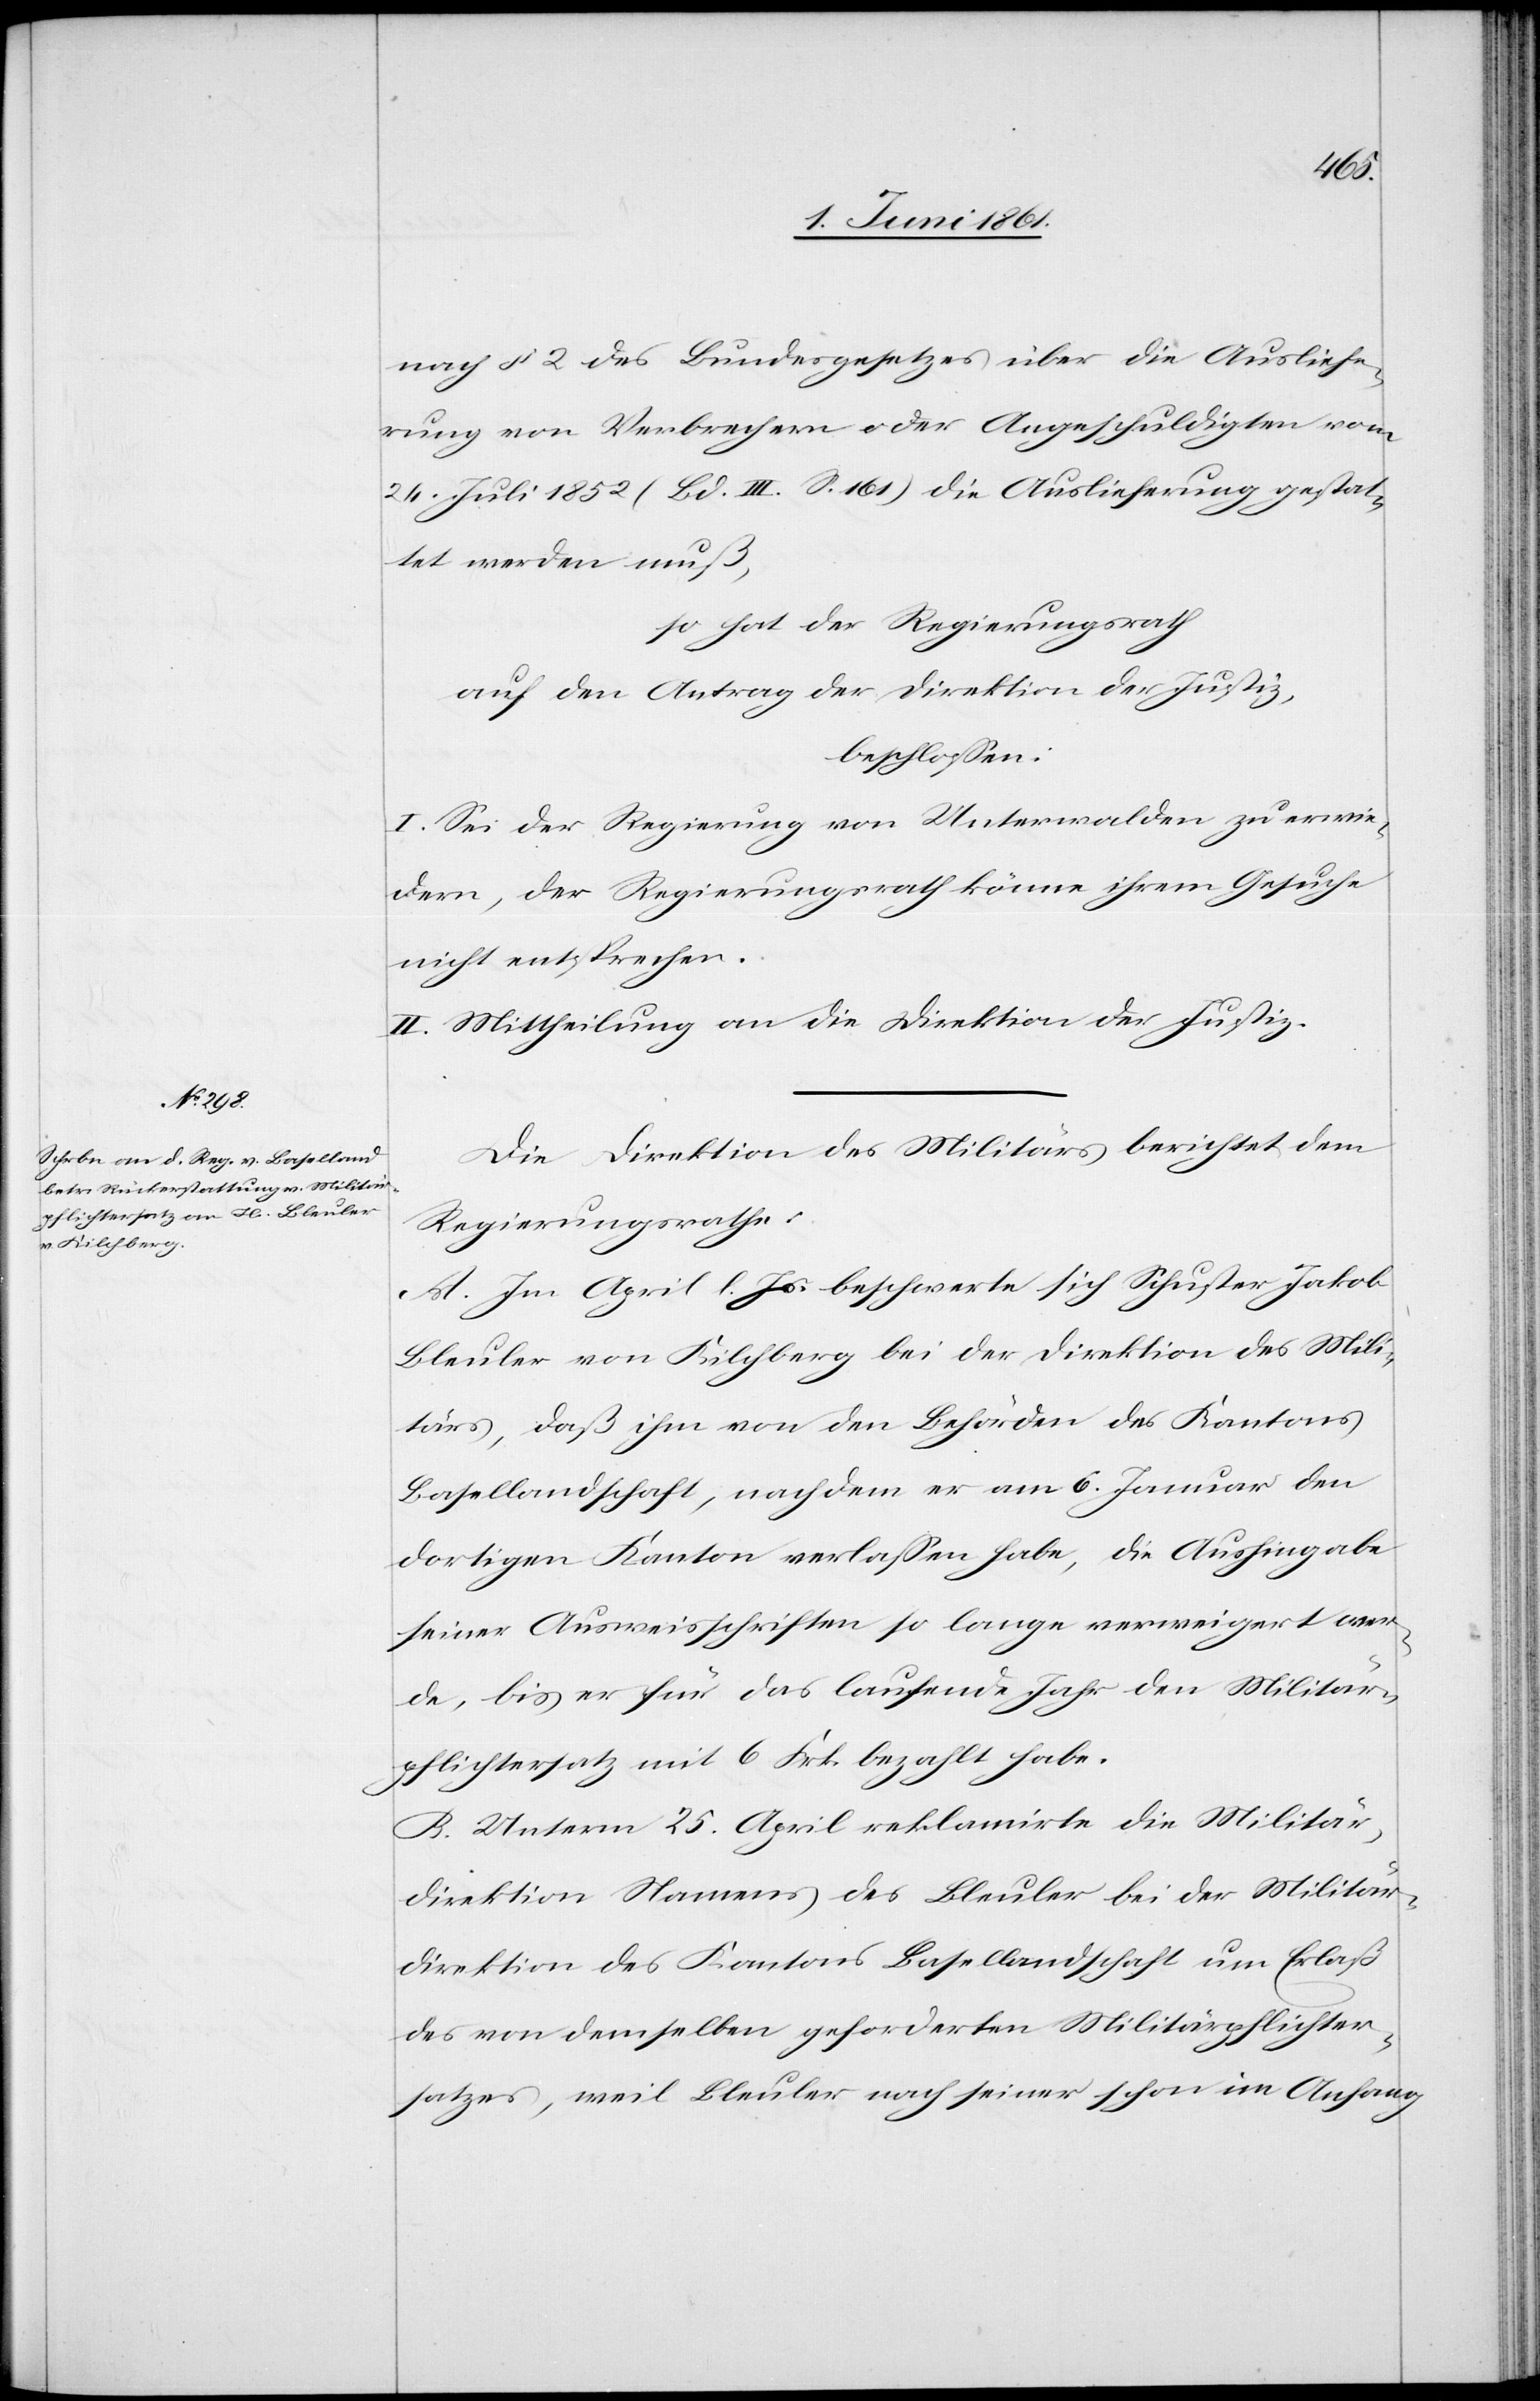
nach § 2 des Bundesgesetzes über die Ausliefe¬
rung von Verbrechern oder Angeschuldigten vom
24. Juli 1852 (Bd. III. S. 161) die Auslieferung gestat¬
tet werden muß,
so hat der Regierungsrath
auf den Antrag der Direktion der Justiz,
beschlossen:
I. Sei der Regierung von Unterwalden zu erwie¬
dern, der Regierungsrath könne ihrem Gesuche
nicht entsprechen.
II. Mittheilung an die Direktion der Justiz.
Die Direktion des Militärs berichtet dem
Regierungsrathe:
A. Im April l. Js. beschwerte sich Schuster Jakob
Bleuler von Kilchberg bei der Direktion des Mili¬
tärs, daß ihm von den Behörden des Kantons
Basellandschaft, nachdem er am 6. Januar den
dortigen Kanton verlassen habe, die Aushingabe
seiner Ausweisschriften so lange verweigert wer¬
de, bis er für das laufende Jahr den Militär¬
pflichtersatz mit 6 Frk. bezahlt habe.
B. Unterm 25. April reklamirte die Militär¬
direktion Namens des Bleuler bei der Militär¬
direktion des Kantons Basellandschaft um Erlaß
des von demselben geforderten Militärpflichter¬
satzes, weil Bleuler nach seiner schon im Anfang